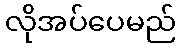
လိုအပ်ပေမည်